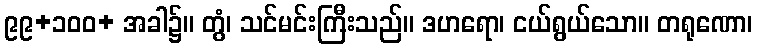
၉၉+၁၀၀+ အခါ၌။ တွံ၊ သင်မင်းကြီးသည်။ ဒဟရော၊ ငယ်ရွယ်သော။ တရုဏော၊